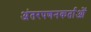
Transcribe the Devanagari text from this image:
अंतरपणनकर्ताओं